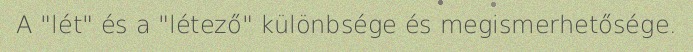
A "lét" és a "létező" különbsége és megismerhetősége.